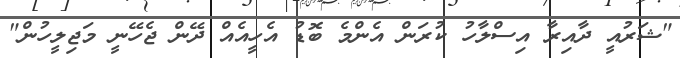
"ޝަރުއީ ދާއިރާ އިސްލާހު ކުރަން އެންމެ ބޮޑު އެހީއެއް ދޭން ޖެހޭނީ މަޖިލީހުން"